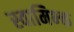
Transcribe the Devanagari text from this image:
स्वामिभ्क्त